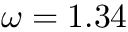
\omega = 1 . 3 4